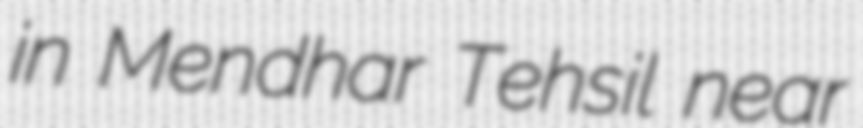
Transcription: in Mendhar Tehsil near